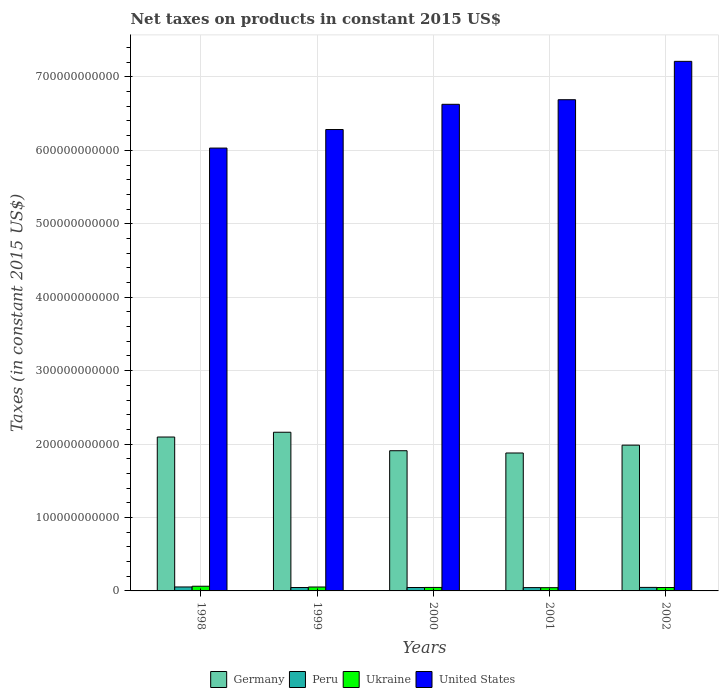
| Years | Germany | Peru | Ukraine | United States |
 | --- | --- | --- | --- | --- |
 | 1998 | 2.1e+11 | 5.39e+09 | 6.38e+09 | 6.03e+11 |
 | 1999 | 2.16e+11 | 4.64e+09 | 5.32e+09 | 6.28e+11 |
 | 2000 | 1.91e+11 | 4.65e+09 | 4.74e+09 | 6.63e+11 |
 | 2001 | 1.88e+11 | 4.53e+09 | 4.41e+09 | 6.69e+11 |
 | 2002 | 1.99e+11 | 4.8e+09 | 4.62e+09 | 7.21e+11 |